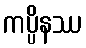
ကပ္ပိနဿ